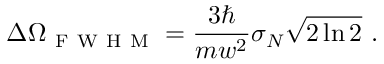
\Delta \Omega _ { \mathrm { ~ F ~ W ~ H ~ M ~ } } = \frac { 3 \hbar } { m w ^ { 2 } } \sigma _ { N } \sqrt { 2 \ln { 2 } } \mathrm { ~ . ~ }